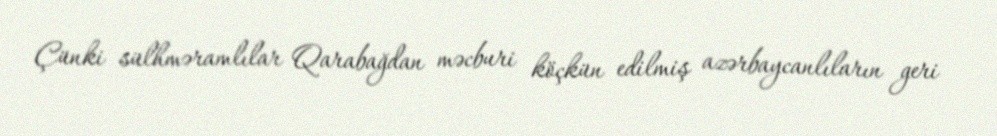
Çünki sülhməramlılar Qarabağdan məcburi köçkün edilmiş azərbaycanlıların geri